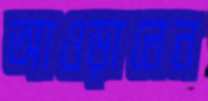
আওড়ালেন